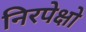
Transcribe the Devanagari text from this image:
निरपेक्षो